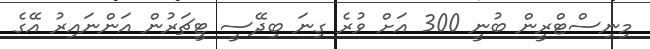
މިނިސްޓްރީން ބުނީ 300 އަށް ވުރެ ގިނަ ބިދޭސީ ޓީޗަރުން އަންނައިރު އޭގެ